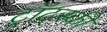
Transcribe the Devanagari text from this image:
ट्र्रॉट्स्की